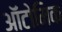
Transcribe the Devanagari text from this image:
ऑटोमिक